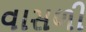
વાસળી